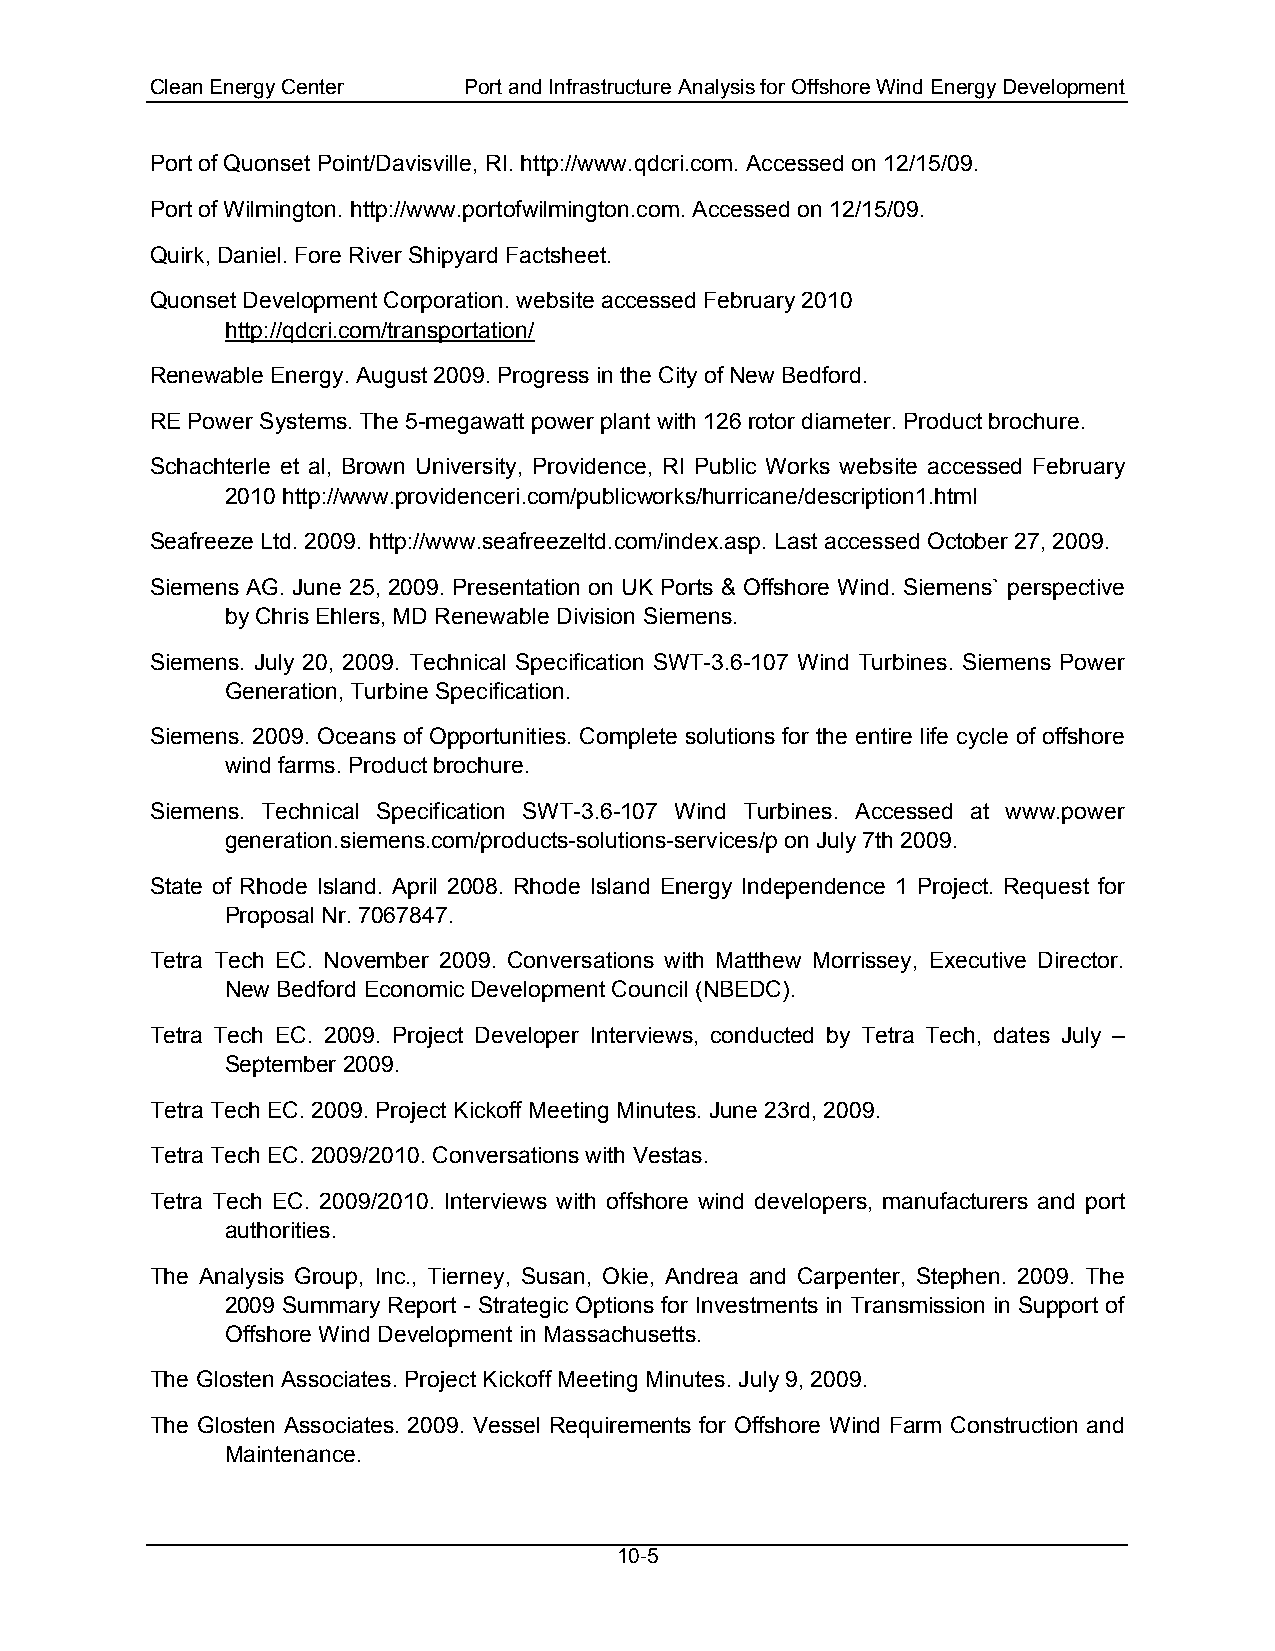
Clean Energy Center  Port and Infrastructure Analysis for Offshore Wind Energy Development
 Port of Quonset Point/Davisville, RI. http://www.qdcri.com. Accessed on 12/15/09.
 Port of Wilmington. http://www.portofwilmington.com. Accessed on 12/15/09.
 Quirk, Daniel. Fore River Shipyard Factsheet.
 Quonset Development Corporation. website accessed February 2010
 http://qdcri.com/transportation/
 Renewable Energy. August 2009. Progress in the City of New Bedford.
 RE Power Systems. The 5-megawatt power plant with 126 rotor diameter. Product brochure.
 Schachterle et al, Brown University, Providence, RI Public Works website accessed February
 2010 http://www.providenceri.com/publicworks/hurricane/description1.html
 Seafreeze Ltd. 2009. http://www.seafreezeltd.com/index.asp. Last accessed October 27, 2009.
 Siemens AG. June 25, 2009. Presentation on UK Ports & Offshore Wind. Siemens` perspective
 by Chris Ehlers, MD Renewable Division Siemens.
 Siemens. July 20, 2009. Technical Specification SWT-3.6-107 Wind Turbines. Siemens Power
 Generation, Turbine Specification.
 Siemens. 2009. Oceans of Opportunities. Complete solutions for the entire life cycle of offshore
 wind farms. Product brochure.
 Siemens. Technical Specification SWT-3.6-107 Wind Turbines. Accessed at www.power
 generation.siemens.com/products-solutions-services/p on July 7th 2009.
 State of Rhode Island. April 2008. Rhode Island Energy Independence 1 Project. Request for
 Proposal Nr. 7067847.
 Tetra Tech EC. November 2009. Conversations with Matthew Morrissey, Executive Director.
 New Bedford Economic Development Council (NBEDC).
 Tetra Tech EC. 2009. Project Developer Interviews, conducted by Tetra Tech, dates July –
 September 2009.
 Tetra Tech EC. 2009. Project Kickoff Meeting Minutes. June 23rd, 2009.
 Tetra Tech EC. 2009/2010. Conversations with Vestas.
 Tetra Tech EC. 2009/2010. Interviews with offshore wind developers, manufacturers and port
 authorities.
 The Analysis Group, Inc., Tierney, Susan, Okie, Andrea and Carpenter, Stephen. 2009. The
 2009 Summary Report - Strategic Options for Investments in Transmission in Support of
 Offshore Wind Development in Massachusetts.
 The Glosten Associates. Project Kickoff Meeting Minutes. July 9, 2009.
 The Glosten Associates. 2009. Vessel Requirements for Offshore Wind Farm Construction and
 Maintenance.
 10-5